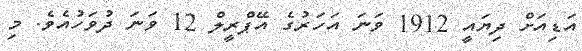
އަޑިއަށް ދިޔައީ 1912 ވަނަ އަހަރުގެ އޭޕްރީލް 12 ވަނަ ދުވަހުއެވެ. މި